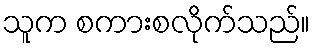
သူက စကားစလိုက်သည်။